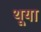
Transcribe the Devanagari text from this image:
थूया